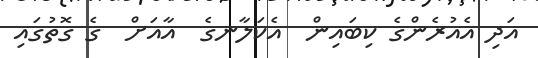
އަދި އެއުރެންގެ ކިބައިން  އެކަލާނގެ  އާއަށް  ގެ ގޮތުގައި